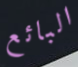
البائع